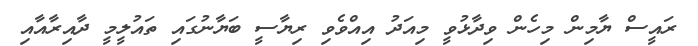
ރައީސް ޔާމިން މިހެން ވިދާޅުވީ މިއަދު އިއްވެވި ރިޔާސީ ބަޔާނުގައި ތައުލީމީ ދާއިރާއާއި